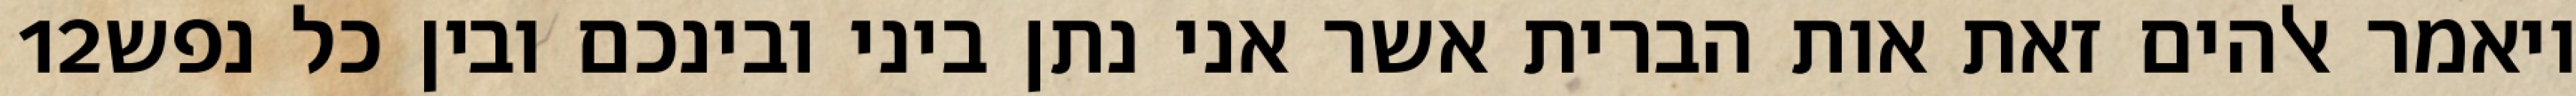
‎12‏ ויאמר אלהים זאת אות הברית אשר אני נתן ביני ובינכם ובין כל נפש